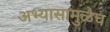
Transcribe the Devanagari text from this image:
अभ्यासामुळेच